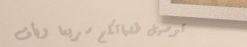
توصيل طلباتكم سريعاً وبأف